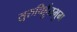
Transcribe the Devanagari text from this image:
सुरुचिर्हुतभुग